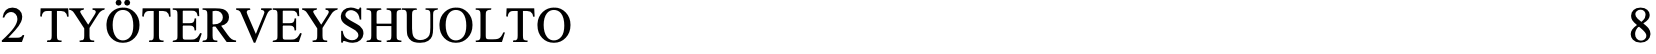
2 TYÖTERVEYSHUOLTO                                   8